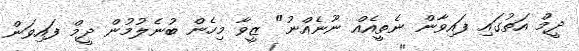
ދީމް އަތުގައި ފައިވާން ނެތީއެއް ނޫނެއްނު" ޒީވާ މިހެން ބުނެލުމުން ދީމް ފައިވަން